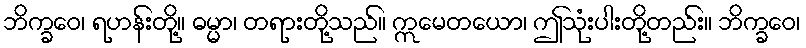
ဘိက္ခဝေ၊ ရဟန်းတို့။ ဓမ္မာ၊ တရားတို့သည်။ ဣမေတယော၊ ဤသုံးပါးတို့တည်း။ ဘိက္ခဝေ၊